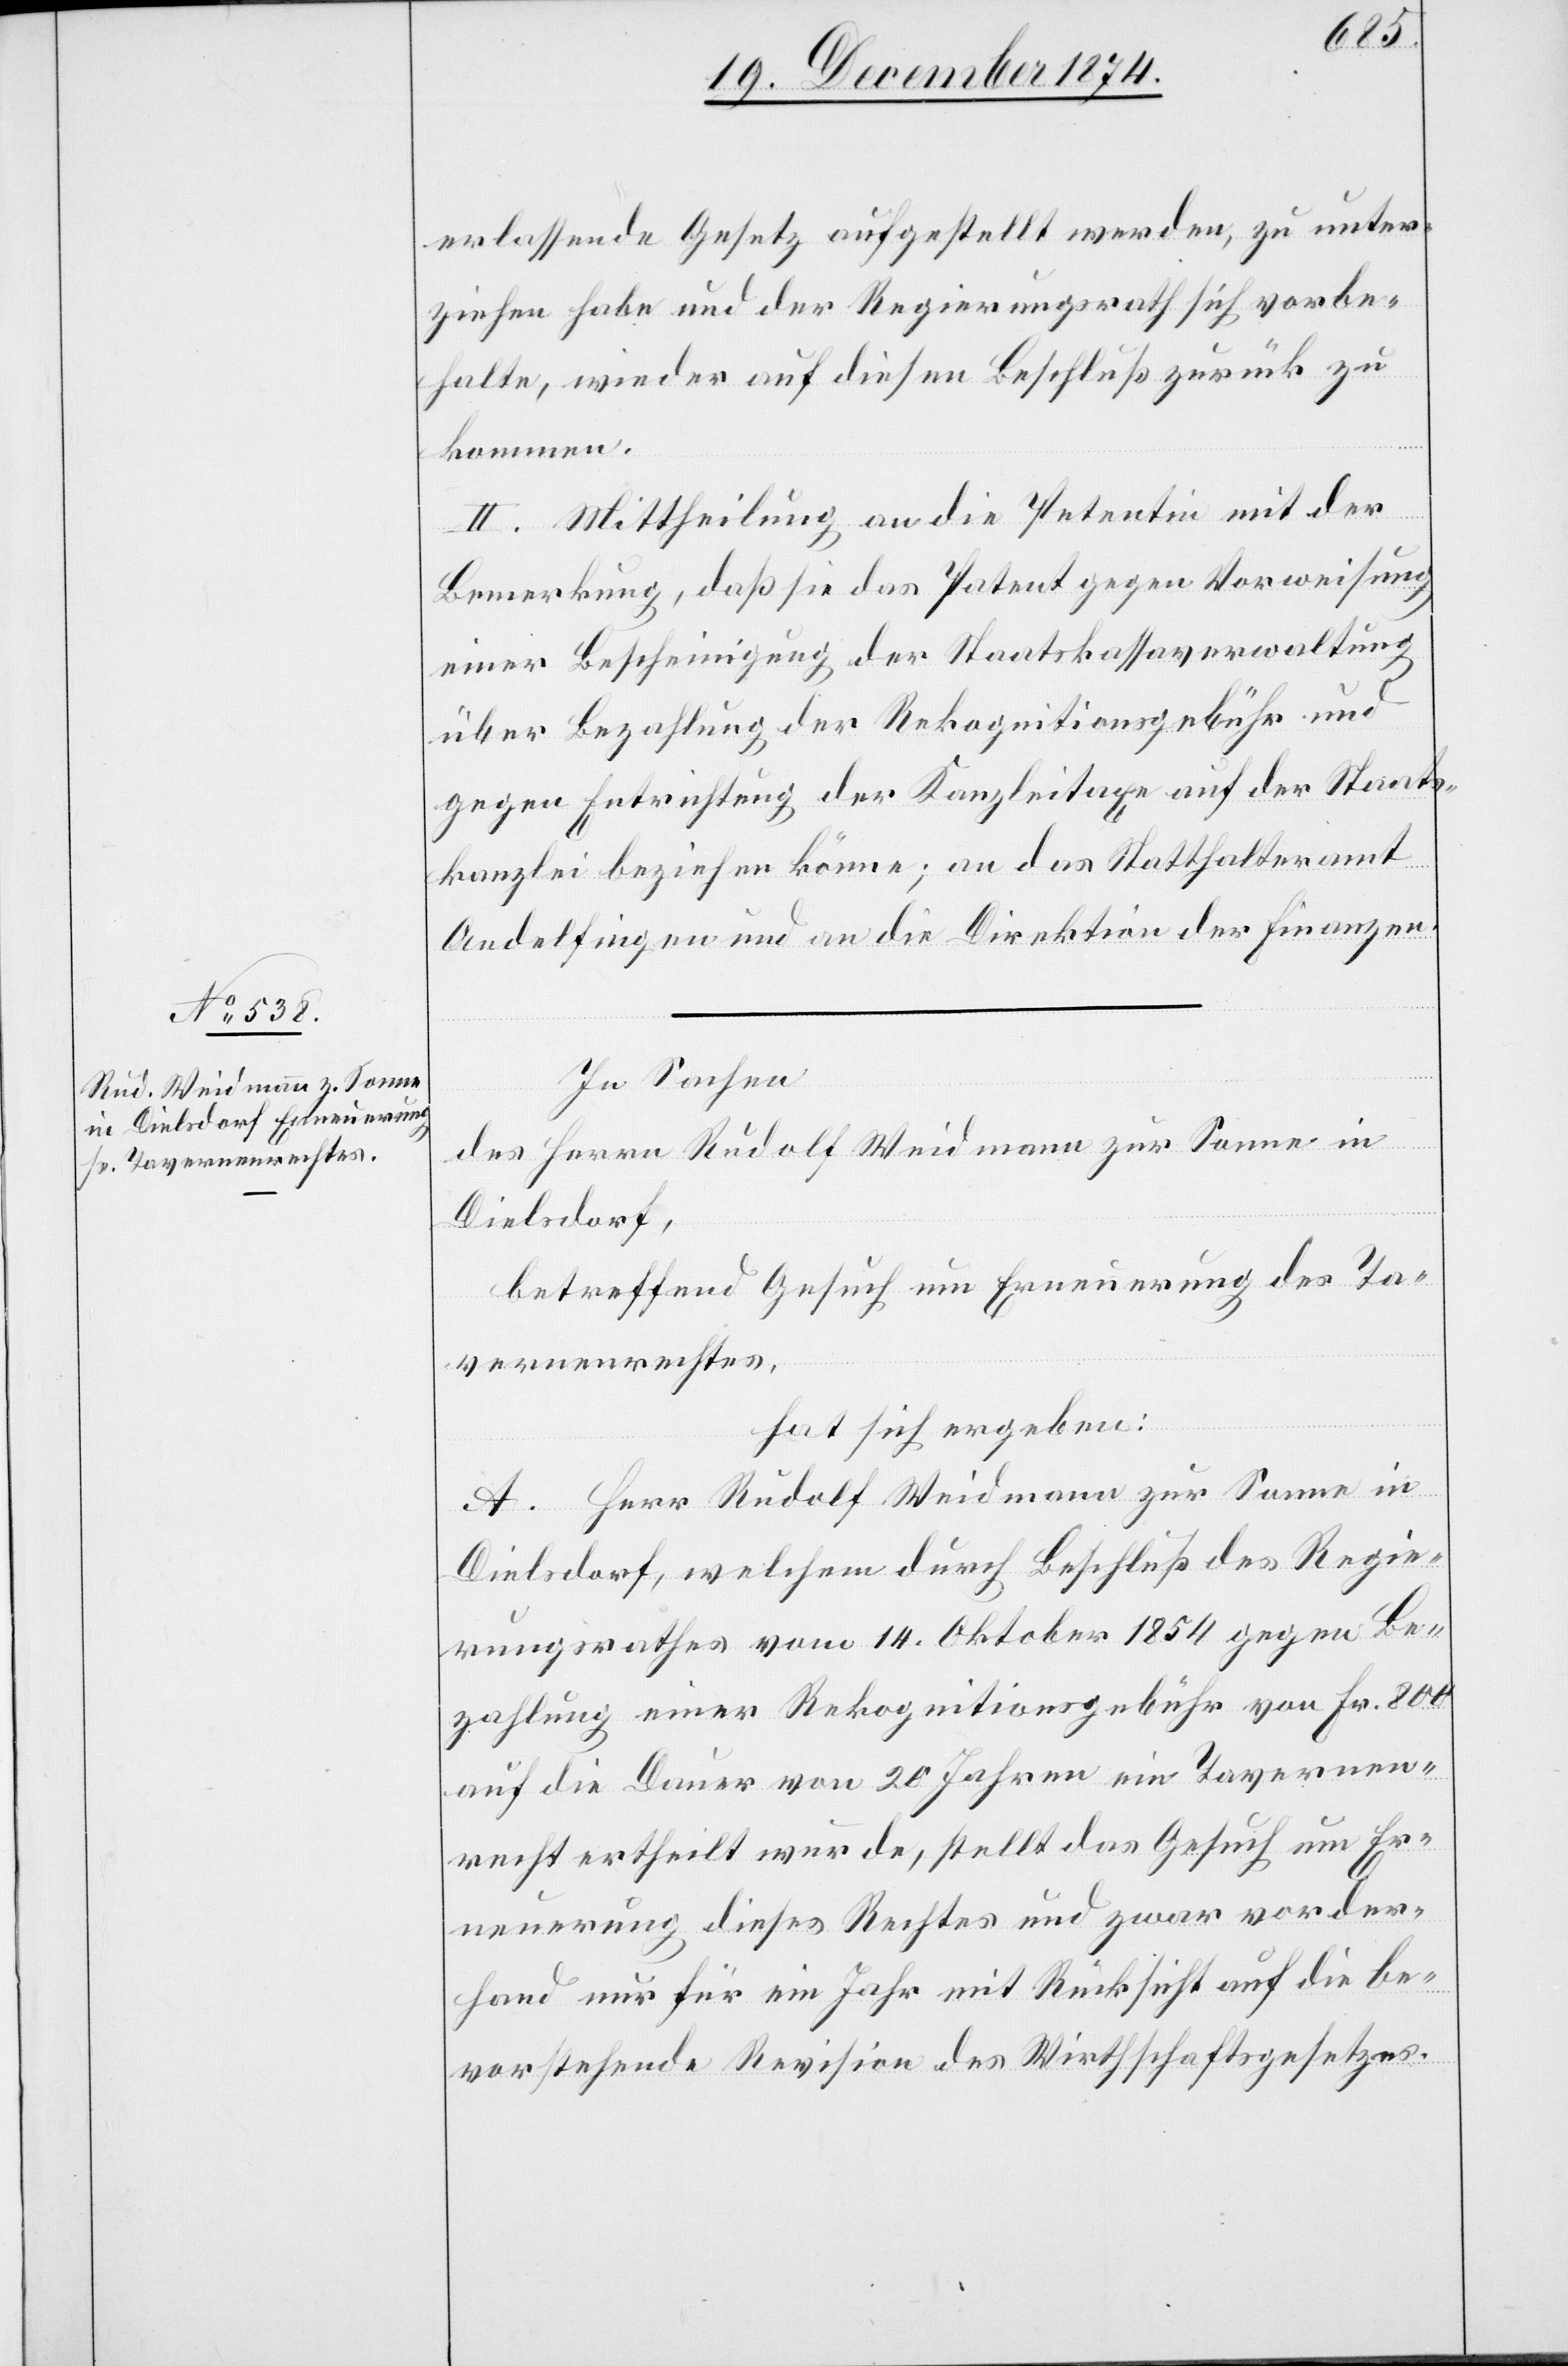
erlassende Gesetz aufgestellt werden, zu unter¬
ziehen habe und der Regierungsrath sich vorbe¬
halte, wieder auf diesen Beschluß zurück zu
kommen.
II. Mittheilung an die Petentin mit der
Bemerkung, daß sie das Patent gegen Vorweisung
einer Bescheinigung der Staatskassaverwaltung
über Bezahlung der Rekognitionsgebühr und
gegen Entrichtung der Kanzleitaxe auf der Staats¬
kanzlei beziehen könne; an das Statthalteramt
Andelfingen und an die Direktion der Finanzen.
In Sachen
des Herrn Rudolf Weidmann zur Sonne in
Dielsdorf,
betreffend Gesuch um Erneuerung des Ta¬
vernenrechtes,
hat sich ergeben:
A. Herr Rudolf Weidmann zur Sonne in
Dielsdorf, welchem durch Beschluß des Regie¬
rungsrathes vom 14. Oktober 1854 gegen Be¬
zahlung einer Rekognitionsgebühr von Fr. 800
auf die Dauer von 20 Jahren ein Tavernen¬
recht ertheilt wurde, stellt das Gesuch um Er¬
neuerung dieses Rechtes und zwar vorder¬
hand nur für ein Jahr mit Rücksicht auf die be¬
vorstehende Revision des Wirthschaftsgesetzes.